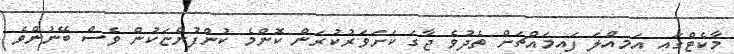
މާކެޓްގައި އަމިއްލަ ފައިމައްޗަށް ތެދުވެ ޖާގަ ކަށަވަރުކުރަން ކޮންމެ ކުންފުންޏަކުން ވެސް ބޭނުންވެ